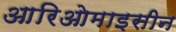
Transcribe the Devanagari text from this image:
आरिओमाइसीन